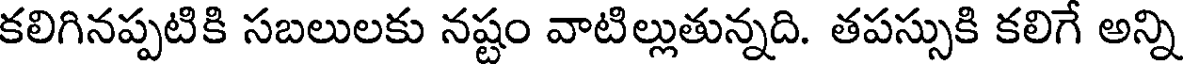
కలిగినప్పటికి సబలులకు నష్టం వాటిల్లుతున్నది. తపస్సుకి కలిగే అన్ని